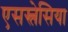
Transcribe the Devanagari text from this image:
एसस्लेसिया